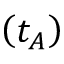
\left( t _ { A } \right)